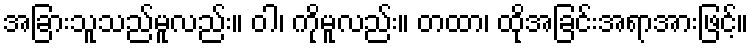
အခြားသူသည်မူလည်း။ ဝါ၊ ကိုမူလည်း။ တထာ၊ ထိုအခြင်းအရာအားဖြင့်။